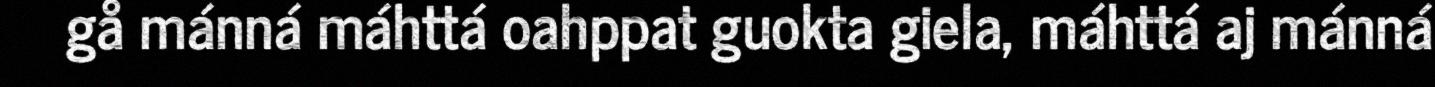
gå mánná máhttá oahppat guokta giela, máhttá aj mánná